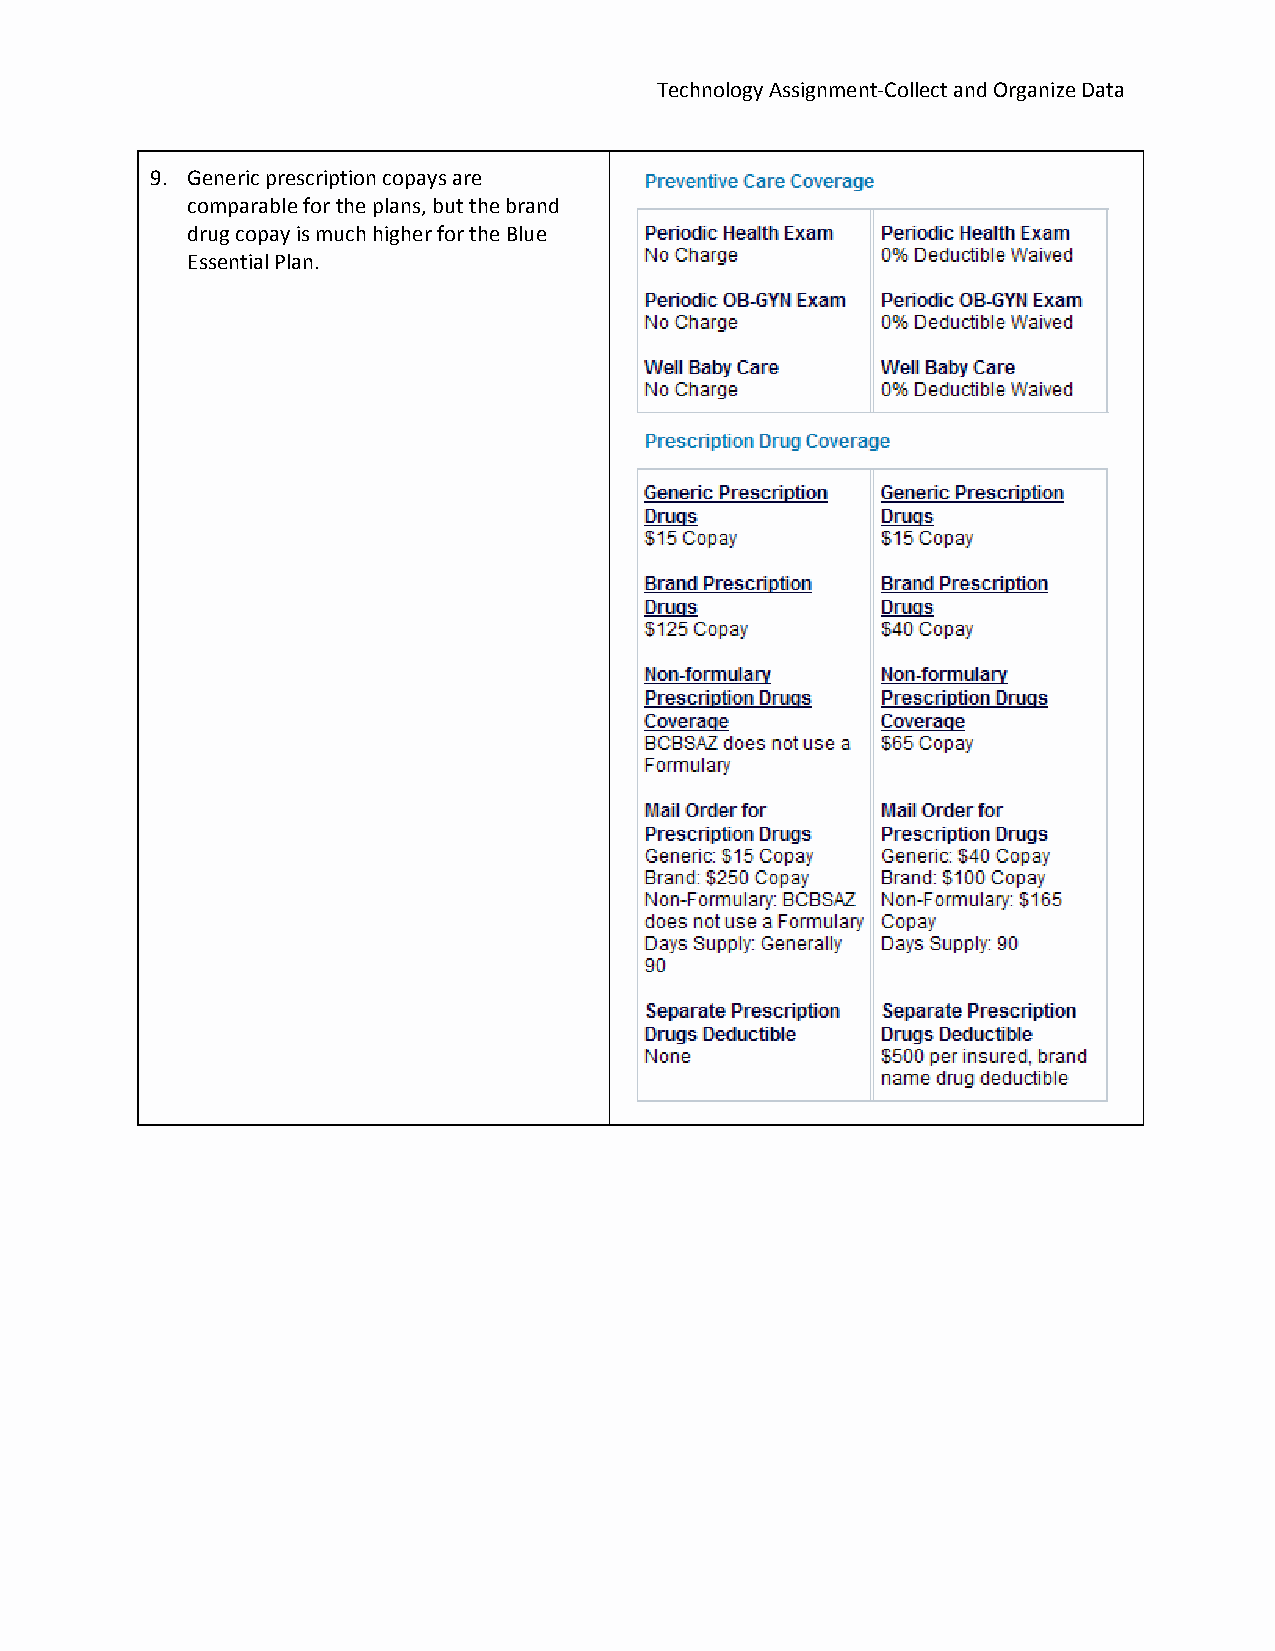
Technology Assignment‐Collect and Organize Data
 9. Generic prescription copays are
 comparable for the plans, but the brand
 drug copay is much higher for the Blue
 Essential Plan.